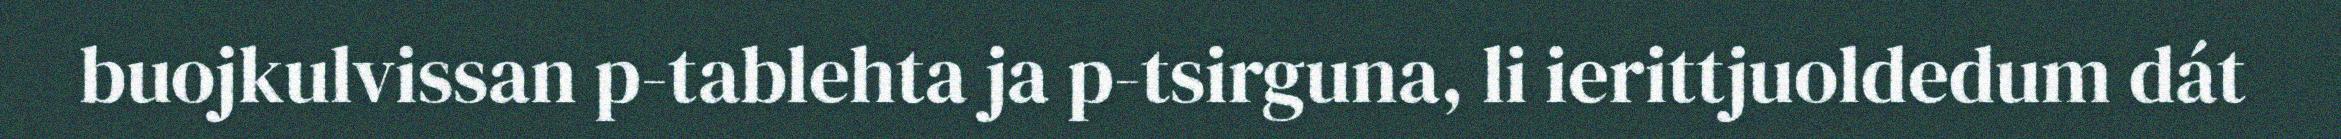
buojkulvissan p-tablehta ja p-tsirguna, li ierittjuoldedum dát